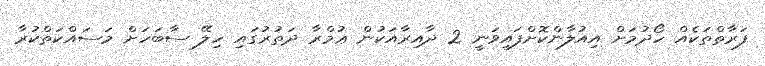
ފަރާތްތަކެއް ހޯދުމަށް އިއުލާންކޮށްފައިވަނީ 2 ދާއިރާއަކުން ޢުމްރާ ދަތުރުގައި ހިލޭ ސާބަހަށް މަސައްކަތްކުރާ